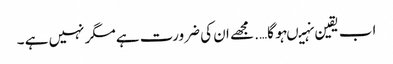
اب یقین نہیںہو گا…. مجھے ان کی ضرورت ہے مگر نہیں ہے ۔